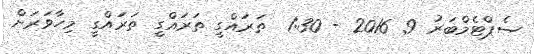
ސެޕްޓެމްބަރު 9